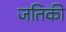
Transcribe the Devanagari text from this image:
जतिकी